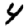
Digit: 4